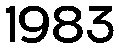
1983